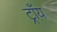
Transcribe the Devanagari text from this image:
ट्राँय